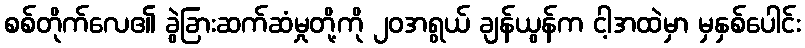
စစ်တိုက်လေ၏ ခွဲခြားဆက်ဆံမှုတို့ကို ၂၀အရွယ် ချန်ယွန်က ငါ့အထဲမှာ မှနှစ်ပေါင်း